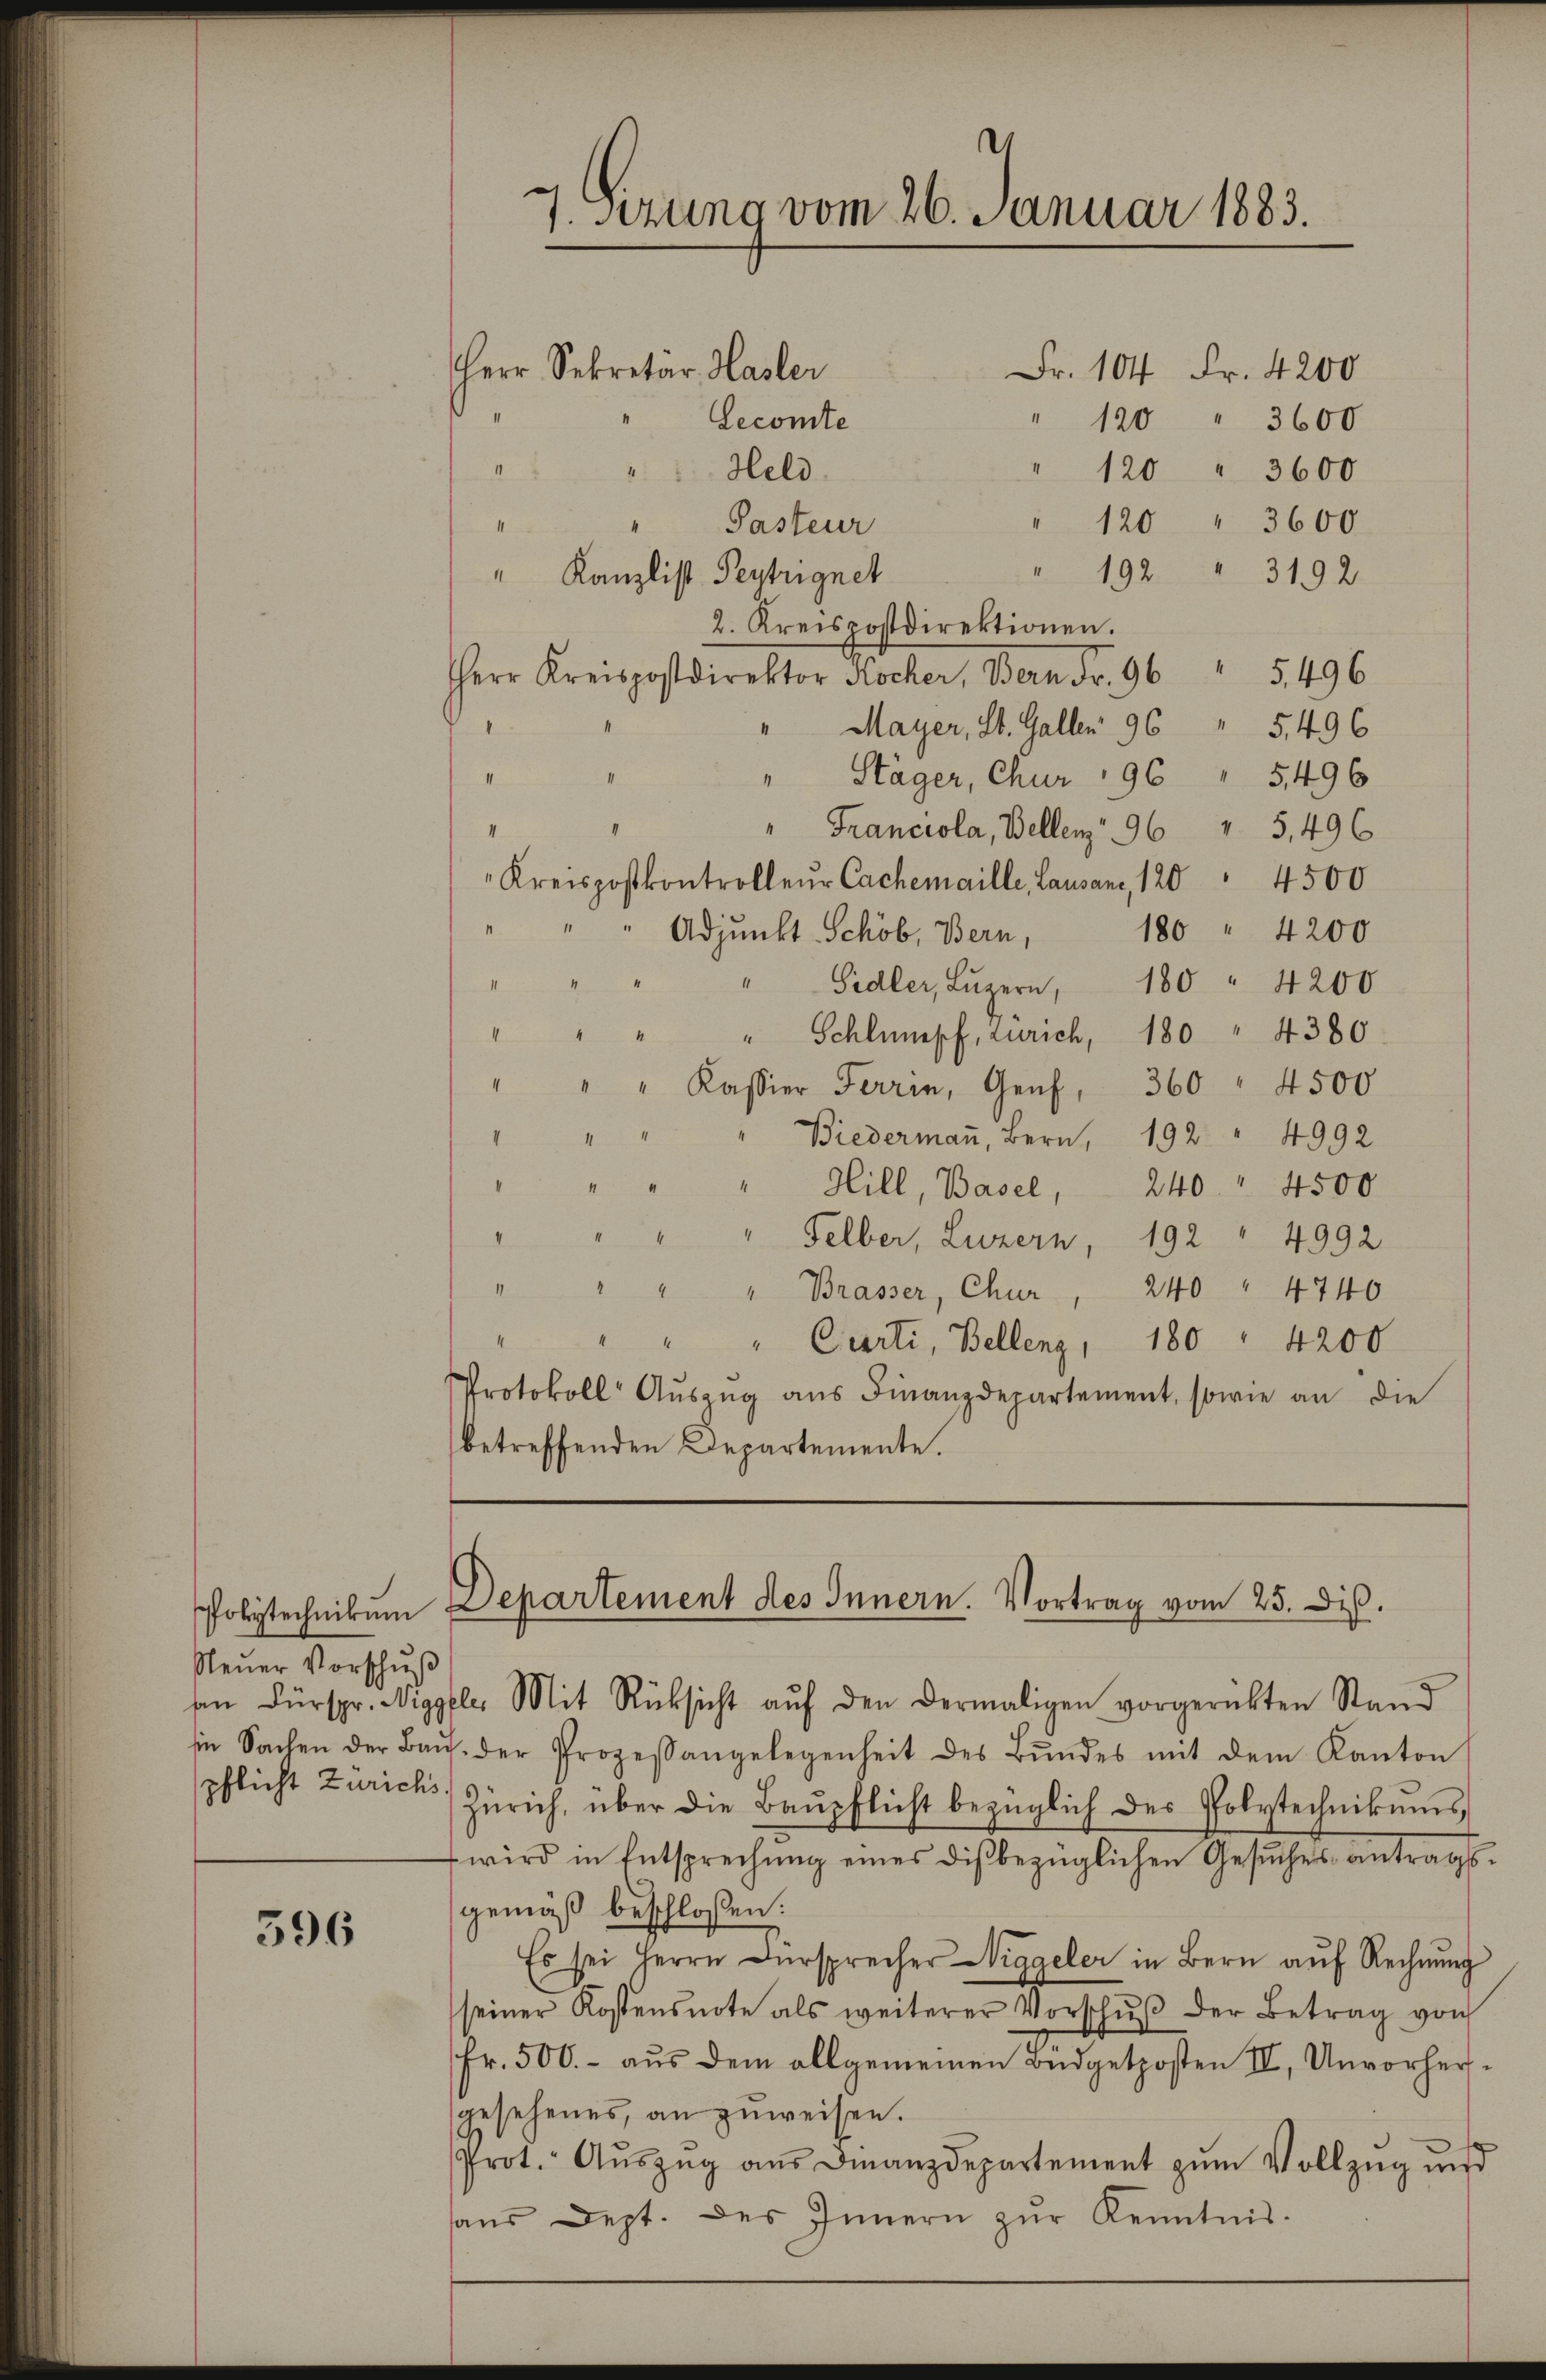
Neŭer Vorschuß
pflicht Zürichs

596

7. sezung vom 26. Januar 1883.
Fr. 104 Fr. 4200
Herr Sekretär, Hasler
Lecomte
" 120 " 3600

.
120 " 3600
Held
120 " 3600
Pasteur
4
" 192 " 3192
" Kanzlist Beytrignet
2. Kreispostdirektionen.
Kreispostdirektor Kocher, Bern Fr. 96 " 5,496
" Mayer, St. Galler 96 " 5496
" Stäger, Chur 196 " 5496
d
" Franciola, Bellenz, 96 " 5,496
II
"Kreispostkontrolleŭr Cachemaille, Lausane, 120 " 4500
I
180 " 4200
Adjunkt Schöb, Bern,
I
Sidler, Lŭzern, 180 " 4200
i
" " " " Schlumpf, Zürich, 180 " 4380.
" " " Kassier Ferrin, Genf, 360 " 4500
Biedermaṅ, Bern, 192 " 4992

.
Hill, Basel, 240. 4500
inder
" " " Felber, Luzern, 192 " 4992
" " " " Brasser, Chur, 240 " 4740
" " Carti, Bellenz, 180 " 4200
Protokoll Aŭszŭg aŭs Finanzdepartement, sowie an die
betreffenden Departemente.

Polytechnikum Departement des Innern. Vortrag vom 25. diβ.

sen Fürspr. Niggeler Mit Rücksicht aŭf den dermaligen vorgerückten Stand
in Sachen der Baŭs. der Prozessangelegenheit des Bŭndes mit dem Kanton
Zürich, über die Baŭpflicht bezüglich des Polytechnikums
wird in Entsprechŭng eines dis bezüglichen Gesuches antragsgemäß beschlossen:
Es sei Herrn Fürsprecher Wiggeler in Bern auf Rechnŭng
seiner Kostensnote als weiterer Vorschŭβ der Betrag von
Fr. 500.- aus dem allgemeinen Budgetposten IV, Unvorhergesehenes, an zuweisen.
Prot. Aŭszŭg aŭs Finanzdepartement zŭm Vollzug und
sans Dept. des Innern zŭr Kenntnis.